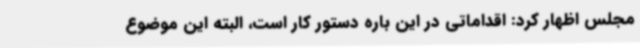
مجلس اظهار کرد: اقداماتی در این باره دستور کار است، البته این موضوع